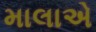
માલાએ